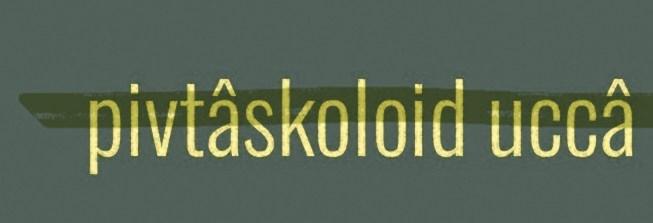
pivtâskoloid uccâ